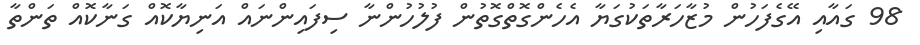
98 ގައާއި އޭގެފަހުން މުޒާހަރާތަކުގަޔާ އެހެންގޮތްގޮތުން ފުލުހުންނާ ސިފައިންނައް އަނިޔާކޮއް ގަނާކޮއް ތަންތާ